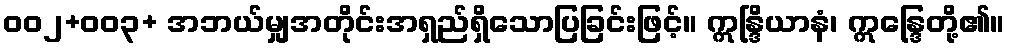
ဝဝ၂+ဝဝ၃+ အဘယ်မျှအတိုင်းအရှည်ရှိသောပြခြင်းဖြင့်။ ဣန္ဒြိယာနံ၊ ဣန္ဒြေတို့၏။